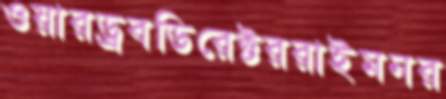
ওয়ারড্রবডিরেক্টররাইমনর